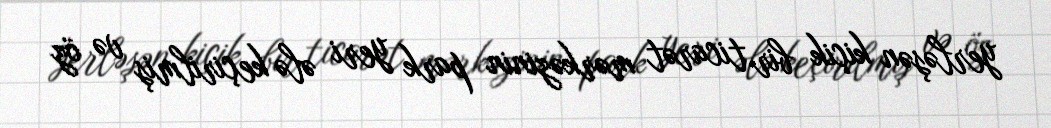
yerləşən kiçik bir ticarət mərkəzinin park yeri ələ keçirilmiş və öz